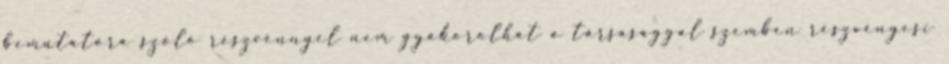
bemutatóra szóló részvénnyel nem gyakorolhat a társasággal szemben részvényesi